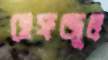
হেফজুল